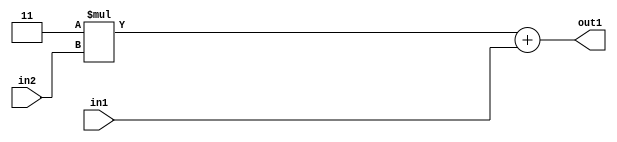
`timescale 1ps / 1ps
/*****************************************************************************
    Verilog RTL Description
    
    
    Created by: Stratus DpOpt 2019.1.01 
*******************************************************************************/

module GauFilter_Add2u2Mul2i3u2_4 (
	in2,
	in1,
	out1
	); /* architecture "behavioural" */ 
input [1:0] in2,
	in1;
output [3:0] out1;
wire [3:0] asc001;

wire [3:0] asc001_tmp_0;
assign asc001_tmp_0 = 
	+(4'B0011 * in2);
assign asc001 = asc001_tmp_0
	+(in1);

assign out1 = asc001;
endmodule

/* CADENCE  ubb3Qg8= : u9/ySgnWtBlWxVPRXgAZ4Og= ** DO NOT EDIT THIS LINE ******/